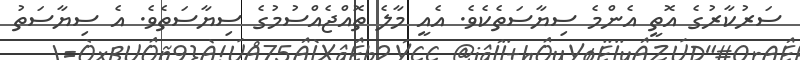
ސަރުކާރުގެ އޮތީ އެންމެ ސިޔާސަތެކެވެ. އެއީ މާލެ ތޮއްޖެއްސުމުގެ ސިޔާސަތެވެ. އެ ސިޔާސަތު